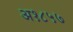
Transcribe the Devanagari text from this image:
अ१८५७